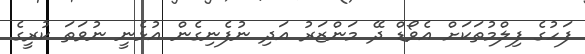
ފަހުގެ ފިލްމުތަކަށް އެވޯޑް ދޭ މަންޒަރު އަދި ނުފެނިގެން އުޅެނީ ނުވަތަ ކުރީގެ